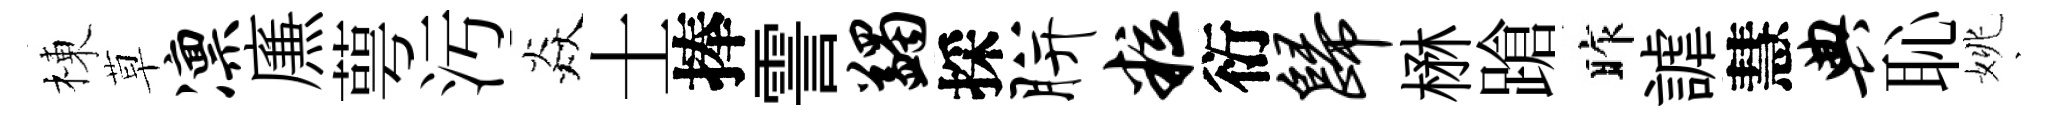
棟草凛㢘萼汚焱士捧霅蠲採胼粒衍归楙蹌昨謔慧典恥姚